Annual report on the working of the Harcourt Butler Institute of Public Health, Rangoon
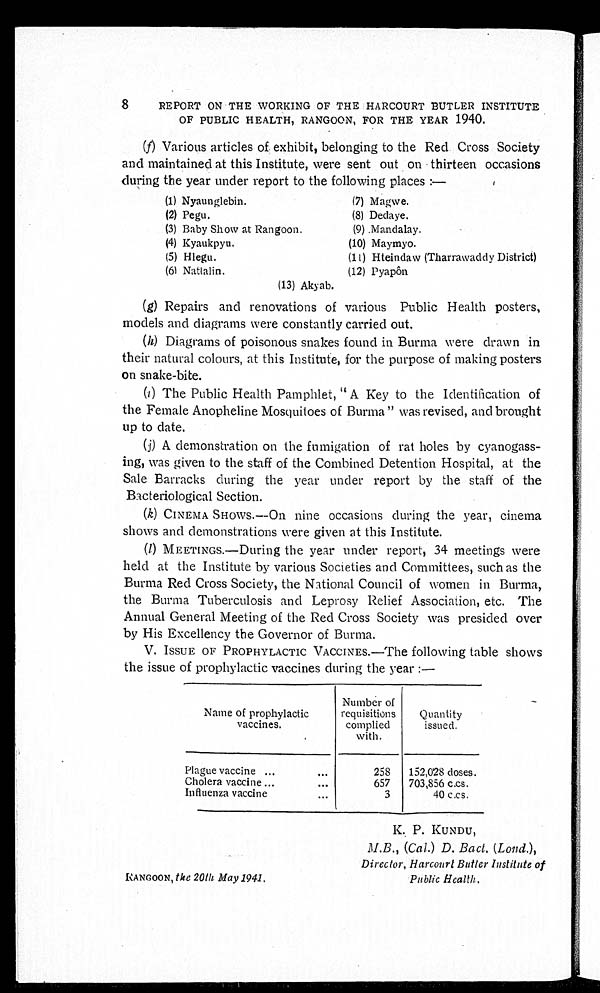
8
REPORT ON THE WORKING OF THE HARCOURT BUTLER INSTITUTE
OF PUBLIC HEALTH, RANGOON, FOR THE YEAR 1940.
(f) Various articles of exhibit, belonging to the Red Cross Society
and maintained at this Institute, were sent out on thirteen occasions
during the year under report to the following places :—
(1) Nyaunglebin.
(2) Pegu.
(3) Baby Show at Rangoon.
(4) Kyaukpyu.
(5) Hlegu.
(6) Nattalin.
(7) Magwe.
(8) Dedaye.
(9).Mandalay.
(10) Maymyo.
(11)
Hteindaw (Tharrawaddy District)
(12) Pyapôn
(13) Akyab.
(g) Repairs and renovations of various Public Health posters,
models and diagrams were constantly carried out.
(h) Diagrams of poisonous snakes found in Burma were drawn in
their natural colours, at this Institute, for the purpose of making posters
on snake-bite.
(i) The Public Health Pamphlet, "A Key to the Identification of
the Female Anopheline Mosquitoes of Burma" was revised, and brought
up to date.
(j)A demonstration on the fumigation of rat holes by cyanogass-
-ing, was given to the staff of the Combined Detention Hospital, at the
Sale Barracks during the year under report by the staff of the
Bacteriological Section.
(k)CINEMA SHOWS.—On nine occasions during the year, cinema
shows and demonstrations were given at this Institute.
(1) MEETINGS.—During the year under report, 34 meetings were
held at the Institute by various Societies and Committees, such as the
Burma Red Cross Society, the National Council of women in Burma,
the Burma Tuberculosis and Leprosy Relief Association, etc. The
Annual General Meeting of the Red Cross Society was presided over
by His Excellency the Governor of Burma.
V. ISSUE OF PROPHYLACTIC VACCINES .—The following table shows
the issue of prophylactic vaccines during the year :—
Name of prophylactic
vaccines,
Number of
requisitions
complied
with.
Quantity
issued.
Plague vaccine ...
...
258
152,028 doses.
Cholera vaccine ...
. . .
657
703,856 c.cs.
Influenza vaccine
...
3
40 c.cs.
K. P. KUNDU ,
)
,
Director, Harcourt Butler Institute of
RANGOON, the 20th May 1941,
Public Health.